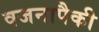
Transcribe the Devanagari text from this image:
वजनापैकी